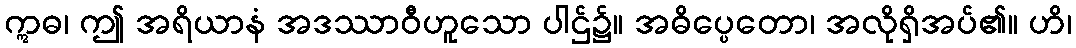
ဣဓ၊ ဤ အရိယာနံ အဒဿာဝီဟူသော ပါဌ်၌။ အဓိပ္ပေတော၊ အလိုရှိအပ်၏။ ဟိ၊